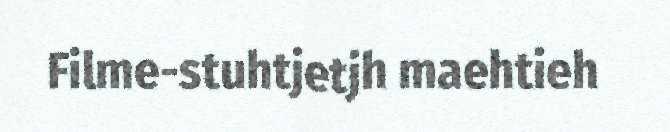
Filme-stuhtjetjh maehtieh